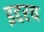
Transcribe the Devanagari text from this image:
इद्दरच